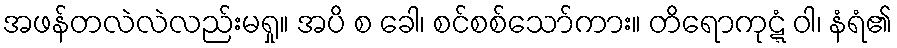
အဖန်တလဲလဲလည်းမရှု။ အပိ စ ခေါ၊ စင်စစ်သော်ကား။ တိရောကုဋ္ဋံ ဝါ၊ နံရံ၏